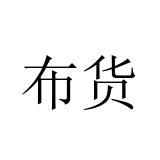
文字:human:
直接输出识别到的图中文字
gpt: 布货